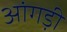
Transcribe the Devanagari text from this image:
आंगड़ी